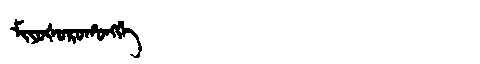
Manchu: ᠮᡳᠶᠣᡧᠣᡵᠣᡥᠣᠩᡤᡝ
Romanization: MIYOŠOROHONGGE